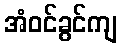
အံဝင်ခွင်ကျ